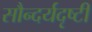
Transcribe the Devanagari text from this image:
सौन्दर्यदृष्टी